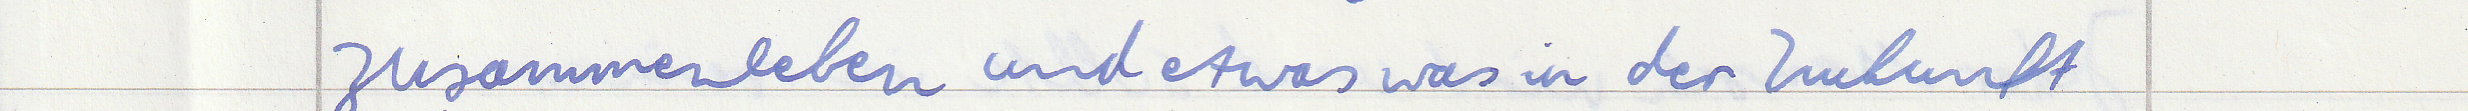
zusammenleben und etwas was in der Zukunft